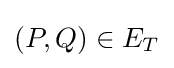
(P,Q)\in E_{T}